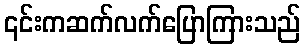
၎င်းကဆက်လက်ပြောကြားသည်